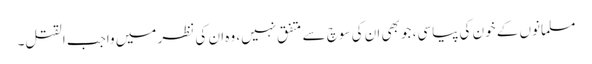
مسلمانوں کے خون کی پیاسی، جو بھی ان کی سوچ سے متفق نہیں، وہ ان کی نظر میں واجب القتل۔